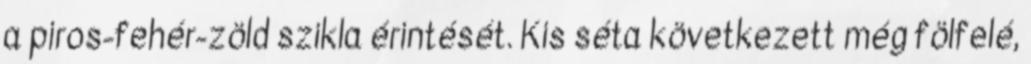
a piros-fehér-zöld szikla érintését. Kis séta következett még fölfelé,